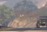
ચારણનો